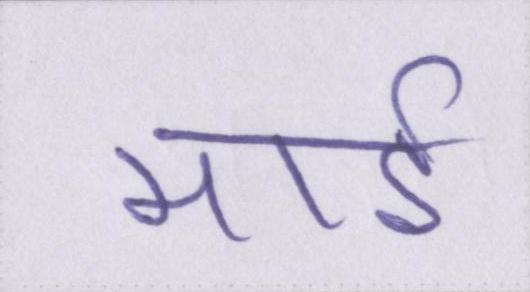
माई